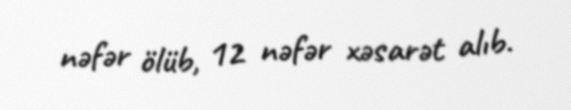
nəfər ölüb, 12 nəfər xəsarət alıb.